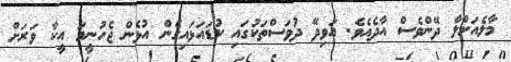
މާލެއަށްލާ ދޭންވެސް އާދެއެވެ. އަވިދޭ ދުވަސްތަކުގައި ކުޑައަޅައިގެން އުޅެން ޖެހުނީމަ އީކާ ވަރަށް